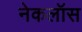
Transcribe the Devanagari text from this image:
नेकलॉस